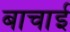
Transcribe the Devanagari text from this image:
बाचाई